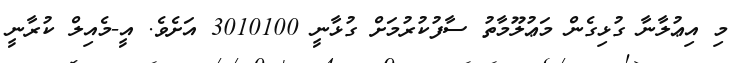
މި އިޢުލާނާ ގުޅިގެން މަޢުލޫމާތު ސާފުކުރުމަށް ގުޅާނީ 3010100 އަށެވެ. އީ-މެއިލް ކުރާނީ